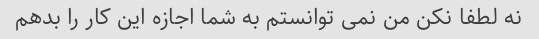
نه لطفا نکن من نمی توانستم به شما اجازه این کار را بدهم